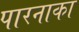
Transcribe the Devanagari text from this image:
पारनाका